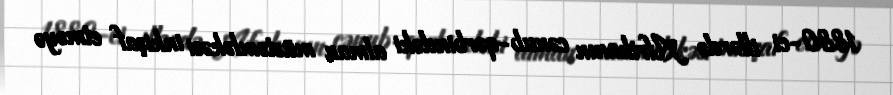
1880-ci illərdə Afrikanın cənub-qərbindəki alman müstəmləkəsi inkişaf etməyə